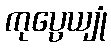
ကုပ္ပေယျုံ